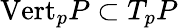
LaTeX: {\mathrm{Vert}}_{p}P\subset T_{p}P